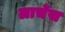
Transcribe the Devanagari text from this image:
लार्चेस